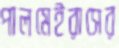
পালমেইরাসের